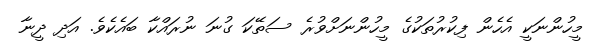
މީހުންނަކީ އެހެން ފިކުރުތަކުގެ މީހުންނަށްވުރެ ސަތޭކަ ގުނަ ނުރައްކާ ބައެކެވެ. އަދި ދީނާ